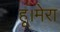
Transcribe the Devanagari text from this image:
हू।मेरा